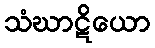
သံဃာဋိယော